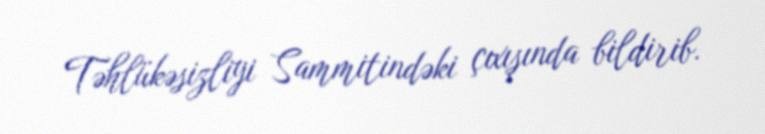
Təhlükəsizliyi Sammitindəki çıxışında bildirib.